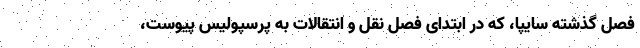
فصل گذشته سایپا، که در ابتدای فصل نقل و انتقالات به پرسپولیس پیوست،